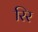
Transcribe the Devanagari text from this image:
रिर